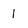
Character: 1